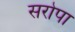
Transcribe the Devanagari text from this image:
सरोपा